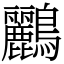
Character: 鸝